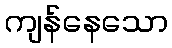
ကျန်နေသော